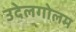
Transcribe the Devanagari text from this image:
उदेलगोलम